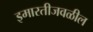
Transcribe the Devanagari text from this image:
इमारतीजवळील